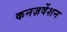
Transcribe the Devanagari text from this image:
कनज़र्वेशन